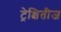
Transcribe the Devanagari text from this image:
ट्रेक्षितीज